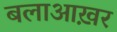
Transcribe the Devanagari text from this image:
बलाआख़र